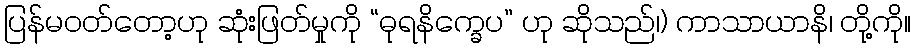
ပြန်မဝတ်တော့ဟု ဆုံးဖြတ်မှုကို “ဓုရနိက္ခေပ” ဟု ဆိုသည်၊) ကာသာယာနိ၊ တို့ကို။